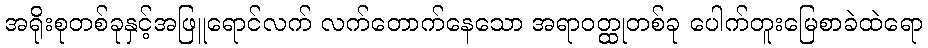
အရိုးစုတစ်ခုနှင့်အဖြူရောင်လက် လက်တောက်နေသော အရာဝတ္ထုတစ်ခု ပေါက်တူးမြေစာခဲထဲရော